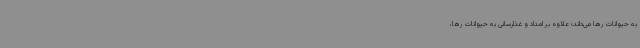
به حیوانات رها می‌داند؛ علاوه بر امداد و غذارسانی به حیوانات رها،